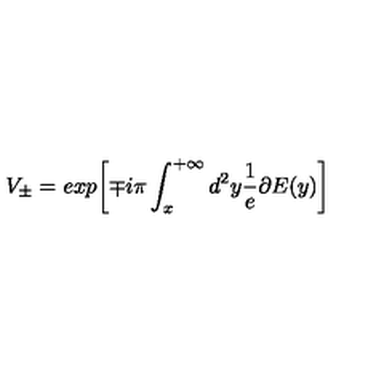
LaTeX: V _ { \pm } = e x p { \left[ \mp i \pi \int _ { x } ^ { + \infty } d ^ { 2 } y \frac { 1 } { e } \partial E ( y ) \right] }